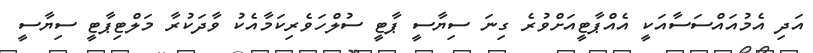
އަދި އެމުއައްސަސާއަކީ އެއްޕާޓީއަށްވުރެ ގިނަ ސިޔާސީ ޕާޓީ ސުލްހަވެރިކަމާއެކު ވާދަކުރާ މަލްޓިޕާޓީ ސިޔާސީ